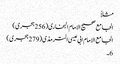
مثلاً
الجامع صحیح الامام البخاری (256 ہجری)
الجامع الامام ابی عیسی الترمذی (279 ہجری)
6۔